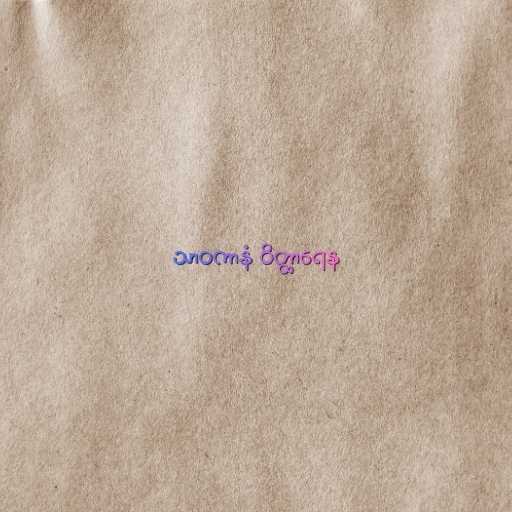
သာဝကာနံ ဝိတ္ထာရေန